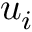
u _ { i } ^ { \phantom { } }